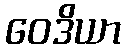
ဝေဒိယာ